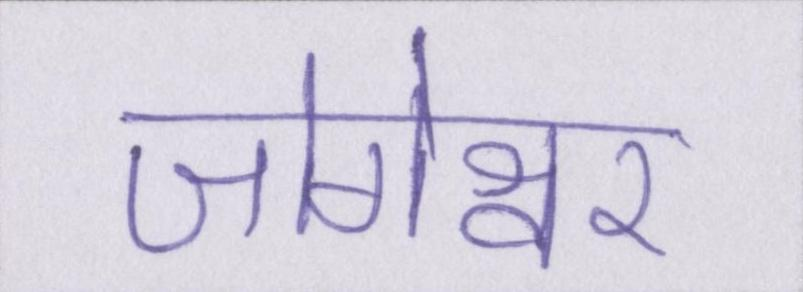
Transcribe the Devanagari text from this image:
जोगेश्वर